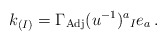
\begin{align*}k_{(I)}=\Gamma_{\rm Adj}(u^{-1})^{a}{}_{I} e_{a}\, .\end{align*}